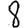
Digit: 8